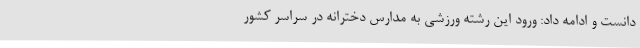
دانست و ادامه داد: ورود این رشته ورزشی به مدارس دخترانه در سراسر کشور